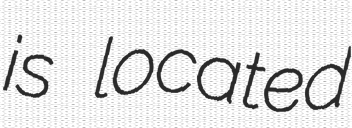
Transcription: is located